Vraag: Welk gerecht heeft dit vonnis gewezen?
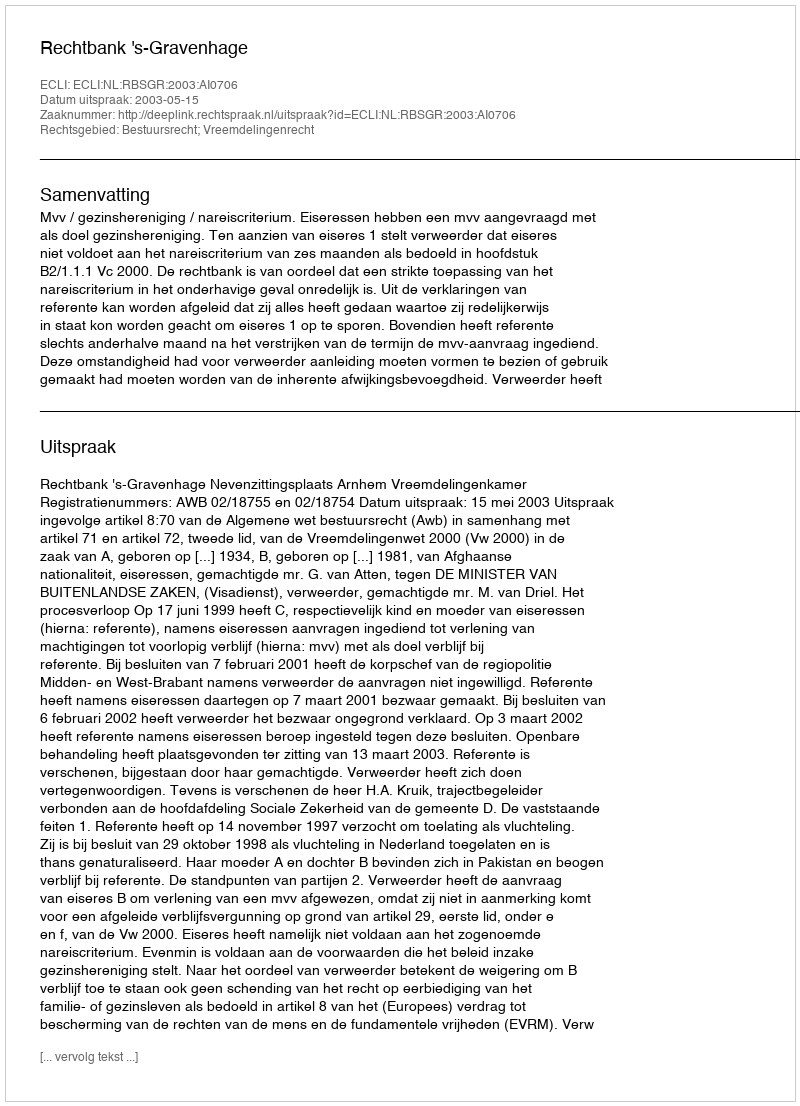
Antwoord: Rechtbank 's-Gravenhage